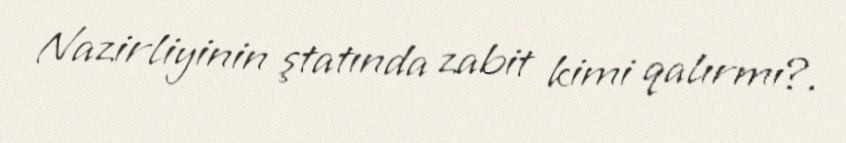
Nazirliyinin ştatında zabit kimi qalırmı?.